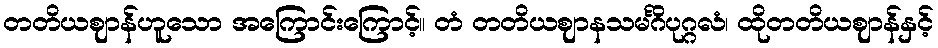
တတိယဈာန်ဟူသော အကြောင်းကြောင့်။ တံ တတိယဈာနသမင်္ဂိပုဂ္ဂလံ၊ ထိုတတိယဈာန်နှင့်